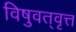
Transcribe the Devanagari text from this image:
विषुवत्‌वृत्त